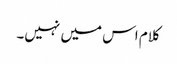
کلام اس میں نہیں۔